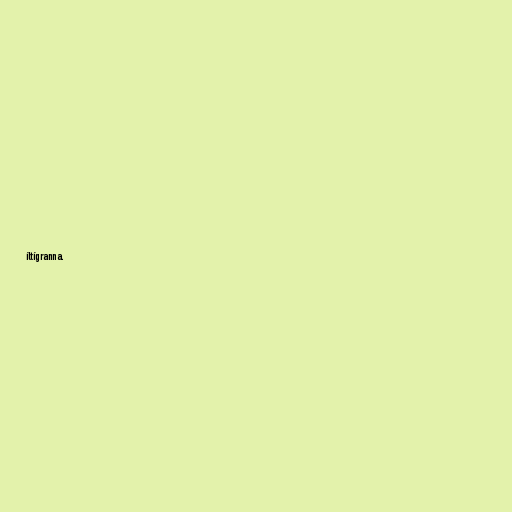
íltígranna.